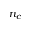
n _ { c }